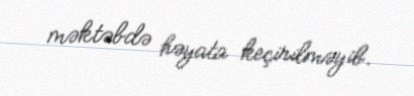
məktəbdə həyata keçirilməyib.